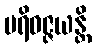
ပရိဝဇ္ဇယန္တိ